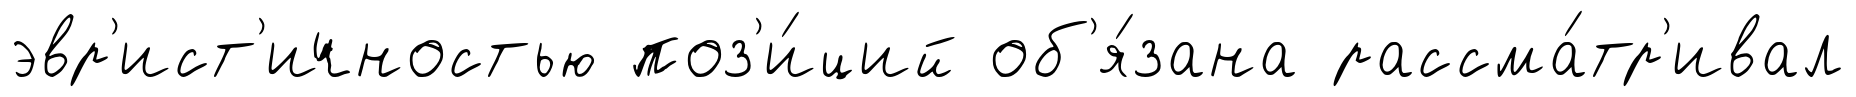
эвр'ист'ичностью поз'и́ций об'я́зана рассма́тр'ивал